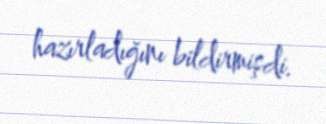
hazırladığını bildirmişdi.